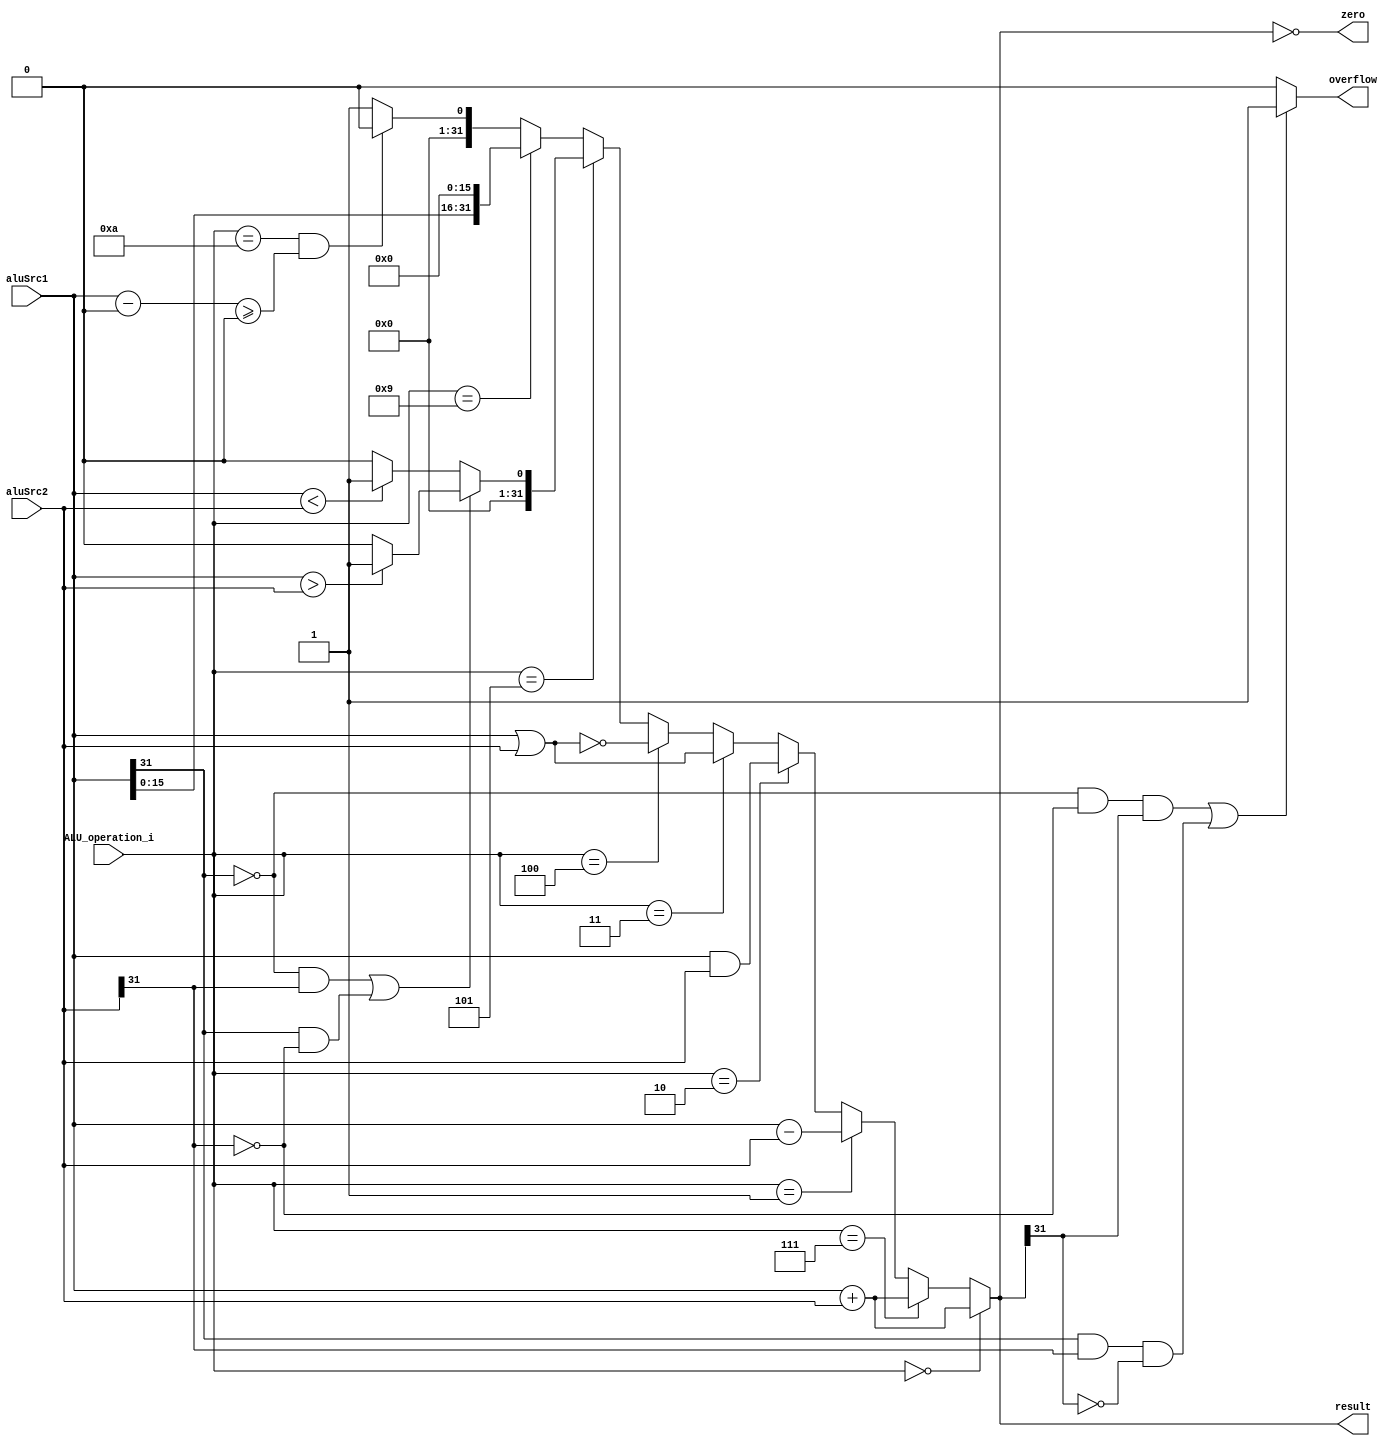
module ALU( aluSrc1, aluSrc2, ALU_operation_i, result, zero, overflow );

//I/O ports 
input	[32-1:0] aluSrc1;
input	[32-1:0] aluSrc2;
input	 [4-1:0] ALU_operation_i;

output	[32-1:0] result;
output			 zero;
output			 overflow;

//Internal Signals
wire			 zero;
wire			 overflow;
wire	[32-1:0] result;

//Main function
/*your code here*/
assign zero = (result==0);

assign result = (ALU_operation_i==4'b0000)?(aluSrc1+aluSrc2):
	(ALU_operation_i==4'b0111)?(aluSrc1+aluSrc2):
	(ALU_operation_i==4'b0001)?(aluSrc1-aluSrc2):
	(ALU_operation_i==4'b0010)?(aluSrc1&aluSrc2):
	(ALU_operation_i==4'b0011)?(aluSrc1|aluSrc2):
	(ALU_operation_i==4'b0100)?~(aluSrc1|aluSrc2):
	(ALU_operation_i==4'b0101)?((aluSrc1[31]==0&&aluSrc2[31]==1||aluSrc1[31]==1&&aluSrc2[31]==0)?(aluSrc1>aluSrc2?1:0):(aluSrc1<aluSrc2)?1:0):
	(ALU_operation_i==4'b1001)?(aluSrc1<<16):
	(ALU_operation_i==4'b1010 && (aluSrc1-0)>=0)?0:1;

assign overflow=((aluSrc1[31]==0&&aluSrc2[31]==0&&result[31]==1)||(aluSrc1[31]==1&&aluSrc2[31]==1&&result[31]==0))?1:0;

endmodule